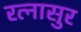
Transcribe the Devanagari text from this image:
रत्नासुर